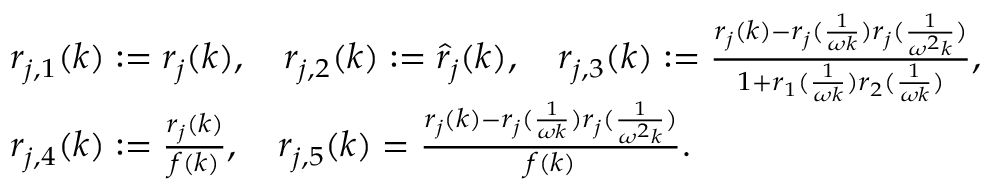
\begin{array} { r l } & { r _ { j , 1 } ( k ) : = r _ { j } ( k ) , \quad r _ { j , 2 } ( k ) : = \hat { r } _ { j } ( k ) , \quad r _ { j , 3 } ( k ) : = \frac { r _ { j } ( k ) - r _ { j } ( \frac { 1 } { \omega k } ) r _ { j } ( \frac { 1 } { \omega ^ { 2 } k } ) } { 1 + r _ { 1 } ( \frac { 1 } { \omega k } ) r _ { 2 } ( \frac { 1 } { \omega k } ) } , } \\ & { r _ { j , 4 } ( k ) : = \frac { r _ { j } ( k ) } { f ( k ) } , \quad r _ { j , 5 } ( k ) = \frac { r _ { j } ( k ) - r _ { j } ( \frac { 1 } { \omega k } ) r _ { j } ( \frac { 1 } { \omega ^ { 2 } k } ) } { f ( k ) } . } \end{array}